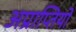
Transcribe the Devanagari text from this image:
अप्राप्तियों